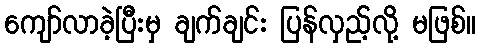
ကျော်လာခဲ့ပြီးမှ ချက်ချင်း ပြန်လှည့်လို့ မဖြစ်။